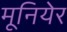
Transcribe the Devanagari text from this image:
मूनियेर